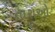
તારાઓ